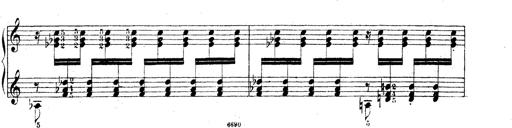
Title: Technische Studien
Composer: Franz Liszt